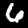
Digit: 6